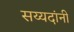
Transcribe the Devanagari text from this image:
सय्यदांनी